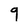
Character: 9